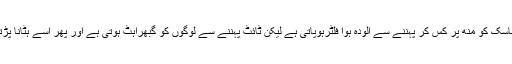
95 ماسک کو منھ پر کس کر پہننے سے آلودہ ہوا فلٹرہوپاتی ہے لیکن ٹائٹ پہننے سے لوگوں کو گبھراہٹ ہوتی ہے اور پھر اسے ہٹانا پڑتا ہے۔